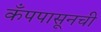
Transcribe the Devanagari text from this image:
कँपपासूनची